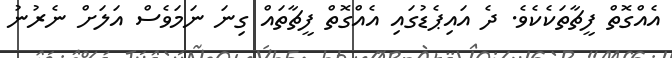
އެއްގޮތް ފީޗާތަކެކެވެ. ދެ އައިޕެޑުގައި އެއްގޮތް ފީޗާތައް ގިނަ ނަމަވެސް އަލަށް ނެރުނު